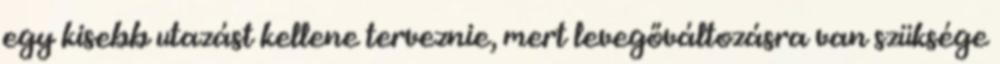
egy kisebb utazást kellene terveznie, mert levegőváltozásra van szüksége